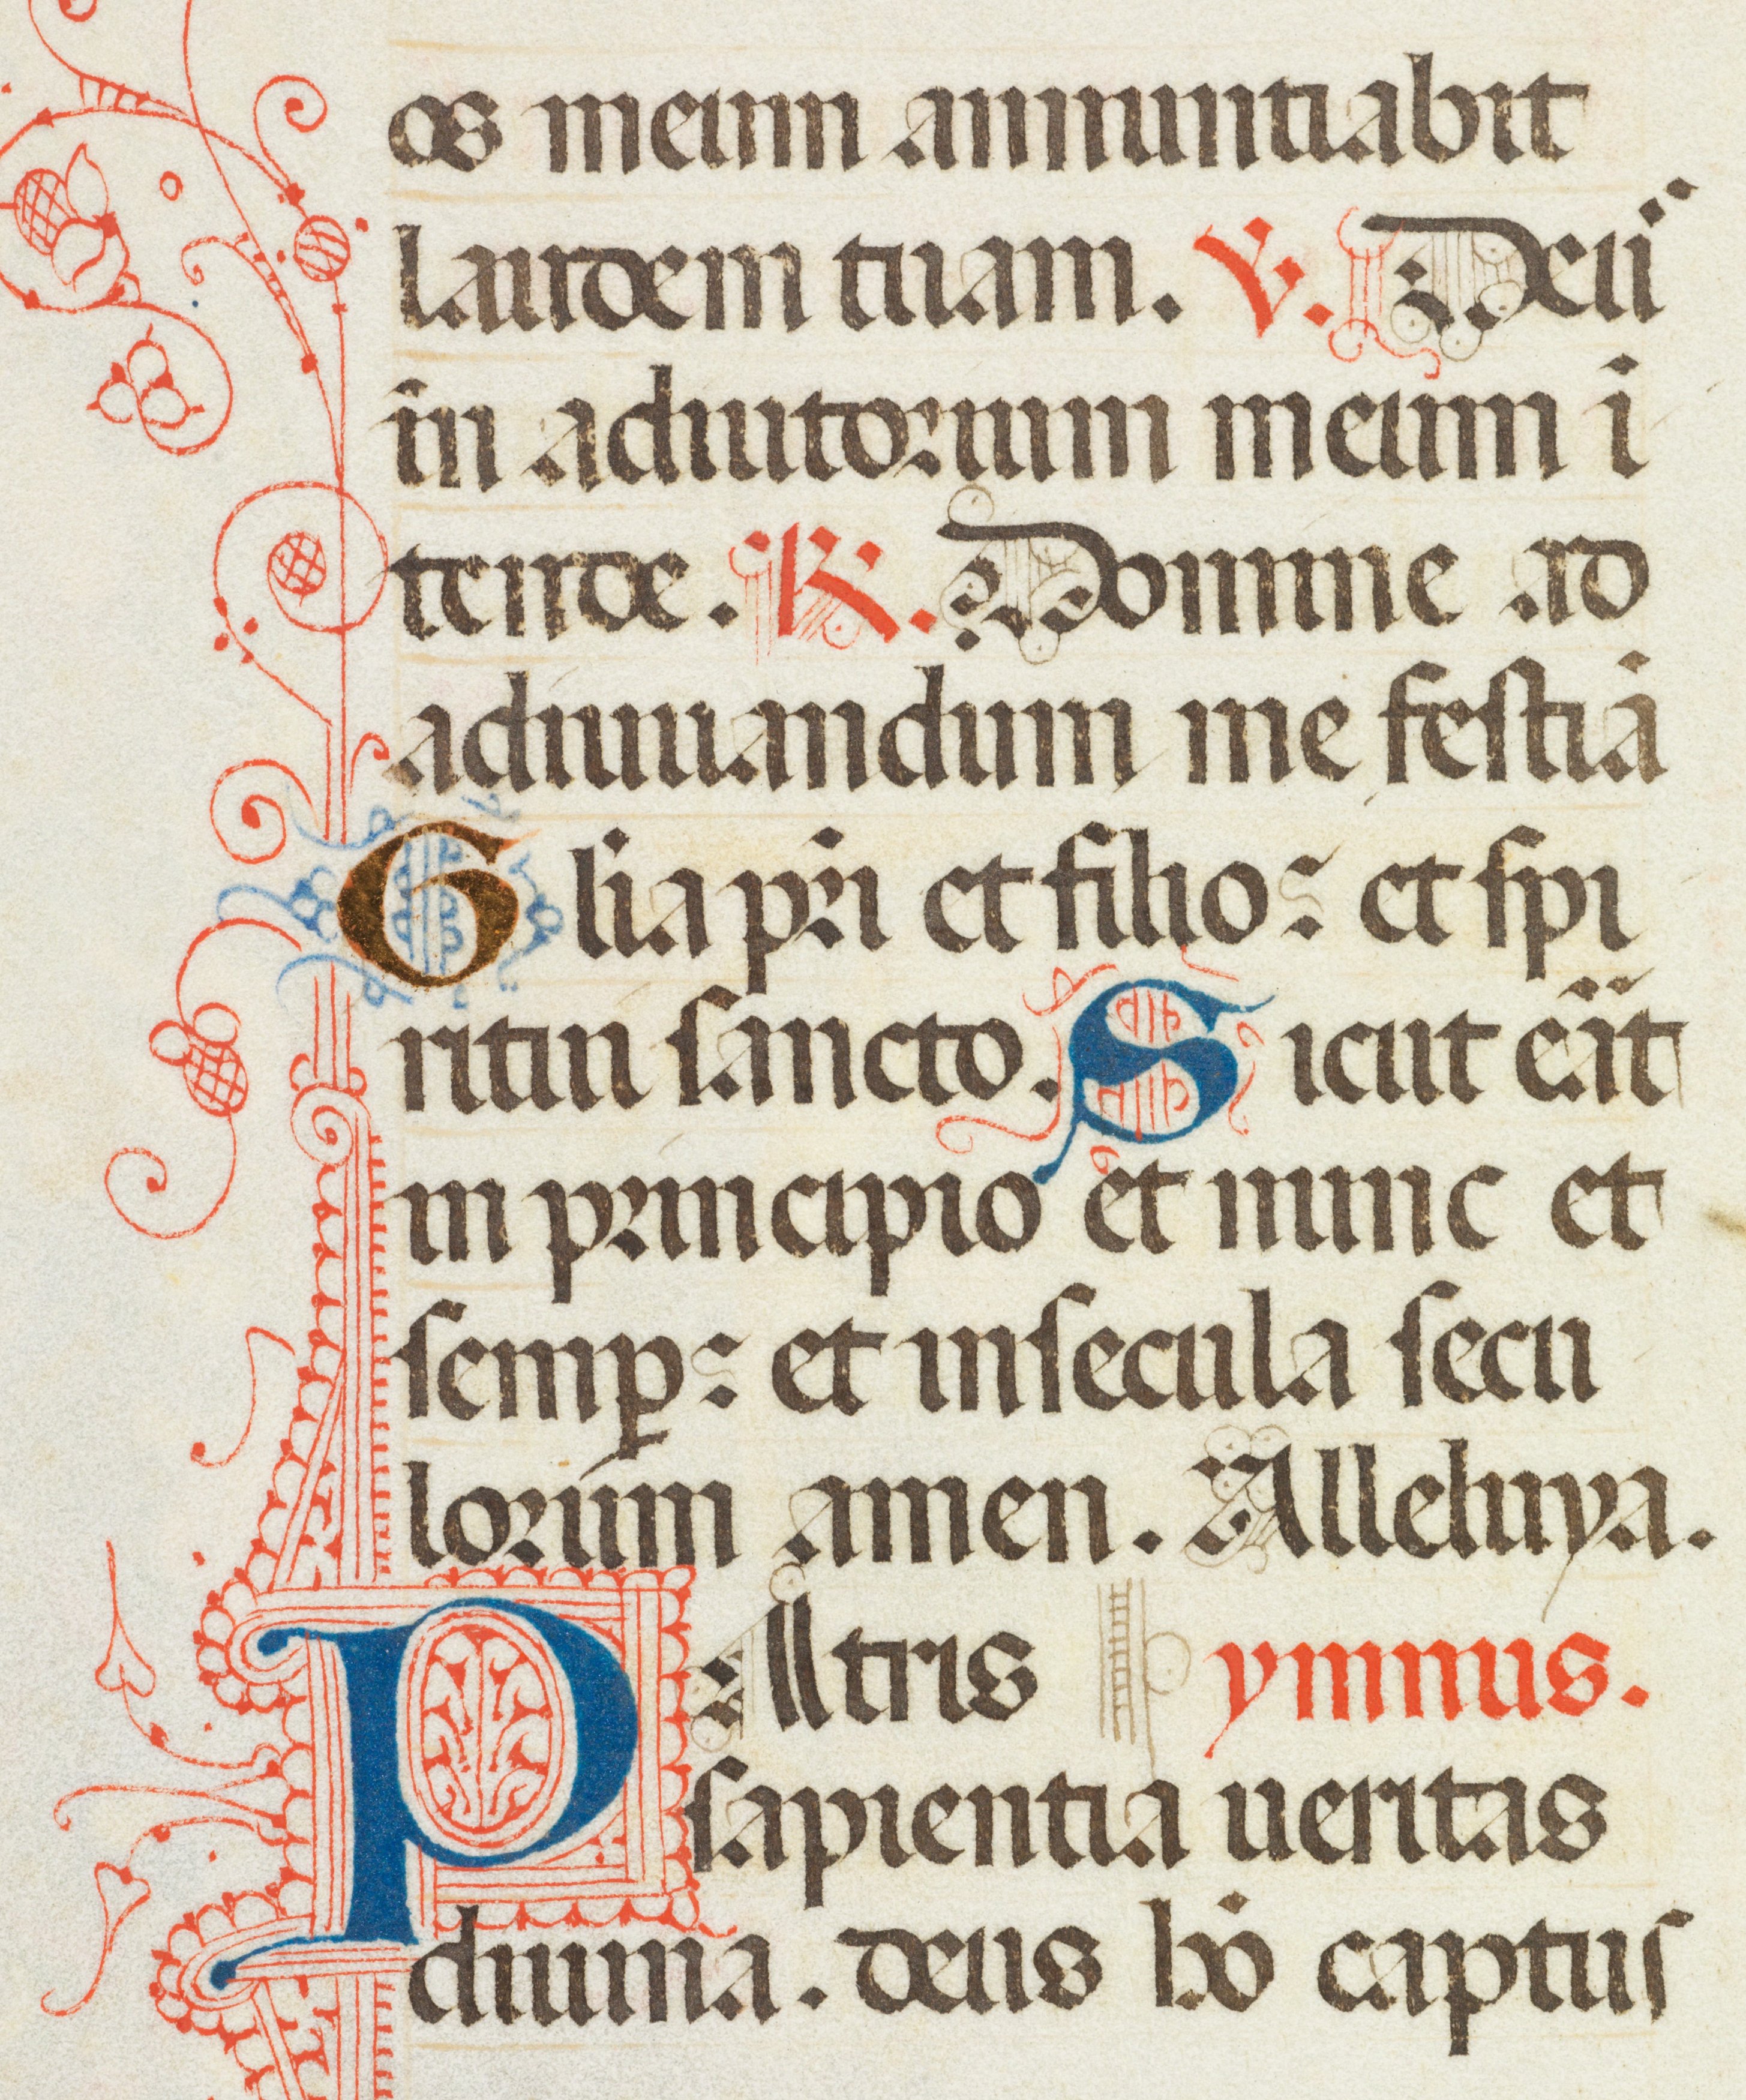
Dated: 1470–1475